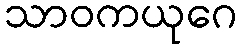
သာဝကယုဂေ